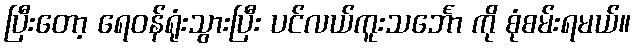
ပြီးတော့ ရေဝန်ရုံးသွားပြီး ပင်လယ်ကူးသင်္ဘော ကို စုံစမ်းရမယ်။